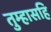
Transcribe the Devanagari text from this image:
तुम्हासहि